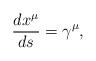
LaTeX: \begin{align*}\frac{dx^\mu }{ds}=\gamma ^\mu , \end{align*}